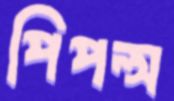
পিপল্স